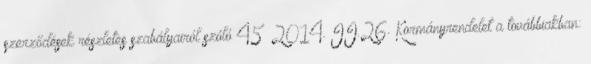
szerződések részletes szabályairól szóló 45 2014. II.26. Kormányrendelet a továbbiakban: